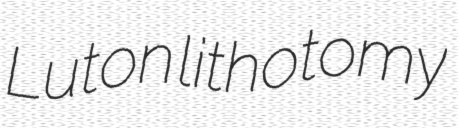
Luton lithotomy